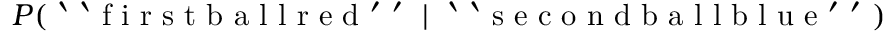
P ( \mathrm { ~ ` ~ ` ~ f ~ i ~ r ~ s ~ t ~ b ~ a ~ l ~ l ~ r ~ e ~ d ~ ' ~ ' ~ } \mid \mathrm { ~ ` ~ ` ~ s ~ e ~ c ~ o ~ n ~ d ~ b ~ a ~ l ~ l ~ b ~ l ~ u ~ e ~ ' ~ ' ~ } )